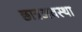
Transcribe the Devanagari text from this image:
छात्रअवस्था